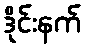
ဒိုင်းနက်